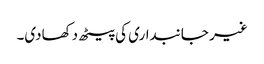
غیر جانبداری کی پیٹھ دکھادی۔